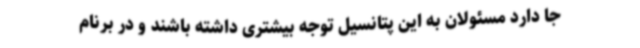
جا دارد مسئولان به این پتانسیل توجه بیشتری داشته باشند و در برنام